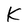
Character: K